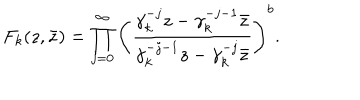
F _ { k } ( z , \bar { z } ) = \prod _ { j = 0 } ^ { \infty } \left( { \frac { \gamma _ { k } ^ { - j } z - \gamma _ { k } ^ { - j - 1 } \bar { z } } { \gamma _ { k } ^ { - j - 1 } z - \gamma _ { k } ^ { - j } \bar { z } } } \right) ^ { b } .